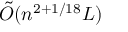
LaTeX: { \tilde { O } } ( n ^ { 2 + 1 / 1 8 } L )